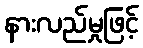
နားလည်မှုဖြင့်